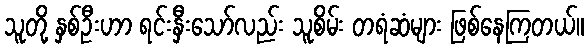
သူတို့ နှစ်ဦးဟာ ရင်းနှီးသော်လည်း သူစိမ်း တရံဆံများ ဖြစ်နေကြတယ်။